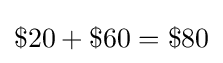
\$20+\$60=\$80